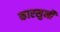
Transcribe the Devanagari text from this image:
कारसुनी